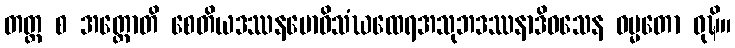
တတ္ထ စ အတ္ထောတိ စေတိယဒဿနဗောဓိသံဃထေရအသုဘဒဿနာဒိဝသေန ဓမ္မတော ဝုဍ္ဎိ။